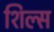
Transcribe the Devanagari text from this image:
शिल्स